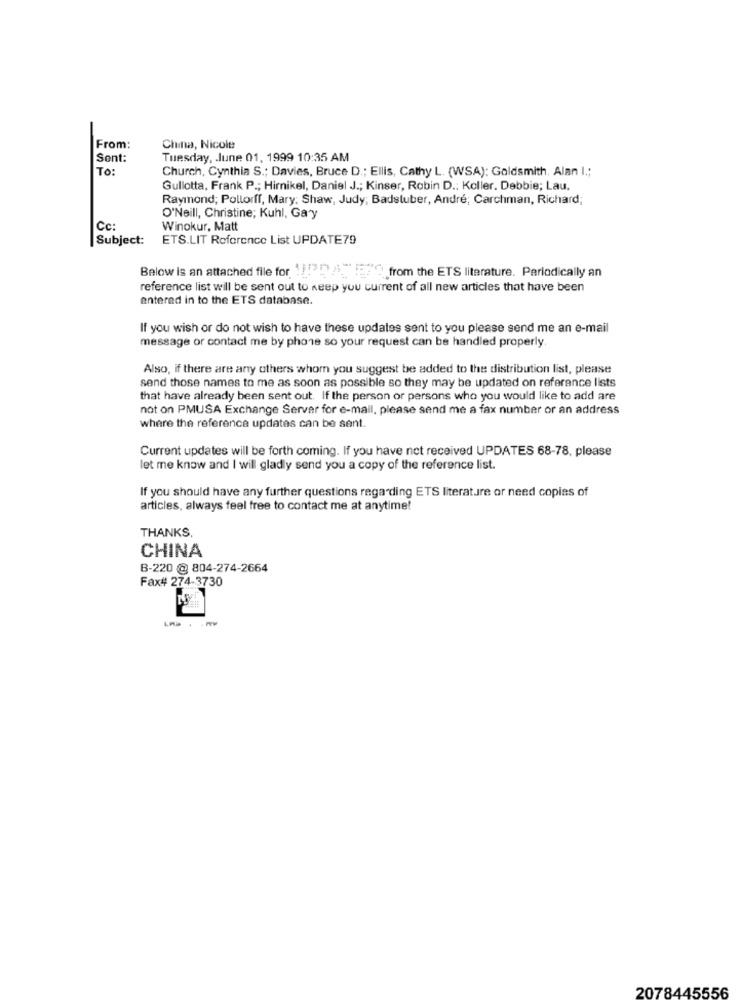
From:
China, Nicole
Sont:
Tuesday, June 01, 1999 10:35 AM
To:
Church, Cynthia S .; Davies, Bruce D .; Ellis, Cathy L. (WSA): Goldsmith. Alan I .;
Gullotta, Frank P .; Hirnikel, Daniel J .; Kinser, Robin D .: Koller. Debbie; Lau,
Raymond; Pollorff, Mary. Shaw, Judy; Badstuber, André; Carchman, Richard;
O'Neill, Christine; Kuhl, Gary
Cc:
Winokur, Matt
Subject:
ETS.LIT Reference List UPDATE79
Below is an attached file for !! ! 3 5 from the ETS literature. Periodically an
reference list will be sent out to keep you current of all new articles that have been
enterad in to the ETS database.
If you wish or do not wish to have these updates sent to you please send me an e-mail
message or contact me by phone so your request can be handled properly.
Also, if there are any others whom you suggest be added to the distribution list, please
send those names to me as soon as possible so they may be updated on reference lists
that have already been sent out. If the person or persons who you would like to add are
not on PMUSA Exchange Server for e-mail, please send me a fax number or an address
where the reference updates can be sent.
Current updates will be forth coming. If you have not received UPDATES 68-78, please
let me know and I will gladly send you a copy of the reference list.
If you should have any further questions regarding ETS literature or need copias of
articles, always feel free to contact me at anytime!
THANKS,
CHINA
B-220 @ 804-274-2664
Fax# 274-3730
2078445556